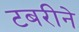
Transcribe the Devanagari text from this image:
टबरीने